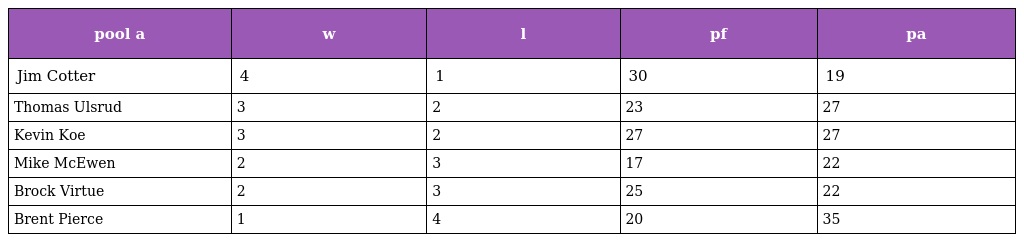
| pool a | w | l | pf | pa |
 | --- | --- | --- | --- | --- |
 | Jim Cotter | 4 | 1 | 30 | 19 |
 | Thomas Ulsrud | 3 | 2 | 23 | 27 |
 | Kevin Koe | 3 | 2 | 27 | 27 |
 | Mike McEwen | 2 | 3 | 17 | 22 |
 | Brock Virtue | 2 | 3 | 25 | 22 |
 | Brent Pierce | 1 | 4 | 20 | 35 |